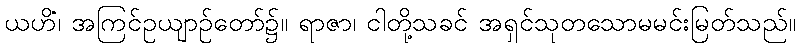
ယဟိံ၊ အကြင်ဥယျာဉ်တော်၌။ ရာဇာ၊ ငါတို့သခင် အရှင်သုတသောမမင်းမြတ်သည်။